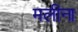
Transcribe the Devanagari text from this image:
मलीना